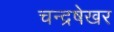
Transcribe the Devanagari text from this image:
चन्द्रषेखर